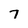
Character: 7